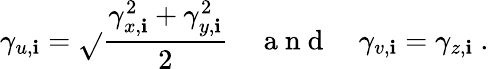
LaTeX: \gamma_{u,\mathbf{i}}=\sqrt{}{{\frac{{\gamma_{x,\mathbf{i}}^{2}+\gamma_{y,\mathbf{i}}^{2}}}{{2}}}}\quad\mathrm{{~a~n~d~}}\quad\gamma_{v,\mathbf{i}}=\gamma_{z,\mathbf{i}}\mathrm{{~.~}}